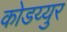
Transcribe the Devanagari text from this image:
कोडय्युर